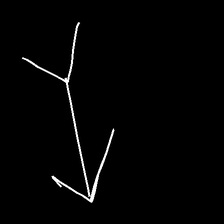
Glyph: gather